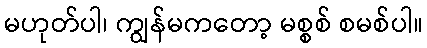
မဟုတ်ပါ၊ ကျွန်မကတော့ မစ္စစ် စမစ်ပါ။